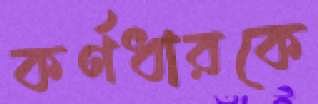
কর্ণধারকে